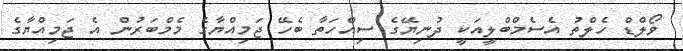
ވޯލްޑް ހެލްތު އެސެމްބްލީއަކީ ދުނިޔޭގެ ސިއްހަތާ ބެހޭ ޖަމިއްޔާގެ މެމްބަރުން އެ ޖަމިއްޔާގެ